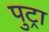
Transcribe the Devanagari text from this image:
पुट्रा